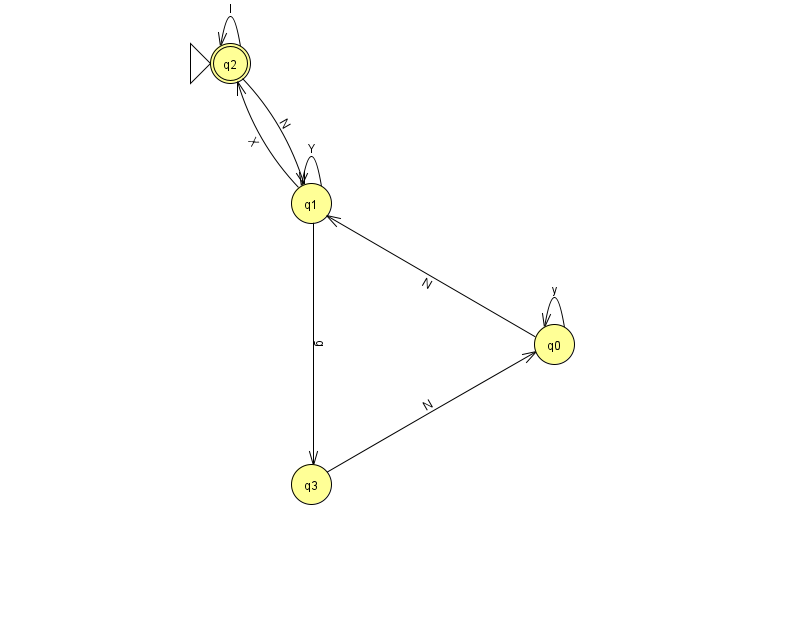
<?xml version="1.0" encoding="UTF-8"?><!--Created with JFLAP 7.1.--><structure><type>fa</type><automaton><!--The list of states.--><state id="0" name="q0"><x>554.0</x><y>331.0</y></state><state id="1" name="q1"><x>311.0</x><y>190.0</y></state><state id="2" name="q2"><x>230.0</x><y>50.0</y><initial/><final/></state><state id="3" name="q3"><x>311.0</x><y>471.0</y></state><!--The list of transitions.--><transition><from>3</from><to>0</to><read>N</read></transition><transition><from>0</from><to>0</to><read>y</read></transition><transition><from>1</from><to>1</to><read>Y</read></transition><transition><from>1</from><to>3</to><read>g</read></transition><transition><from>0</from><to>1</to><read>N</read></transition><transition><from>2</from><to>1</to><read>N</read></transition><transition><from>2</from><to>2</to><read>l</read></transition><transition><from>1</from><to>2</to><read>X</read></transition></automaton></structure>